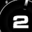
Digit: 2